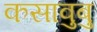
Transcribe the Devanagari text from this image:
कसावुबु